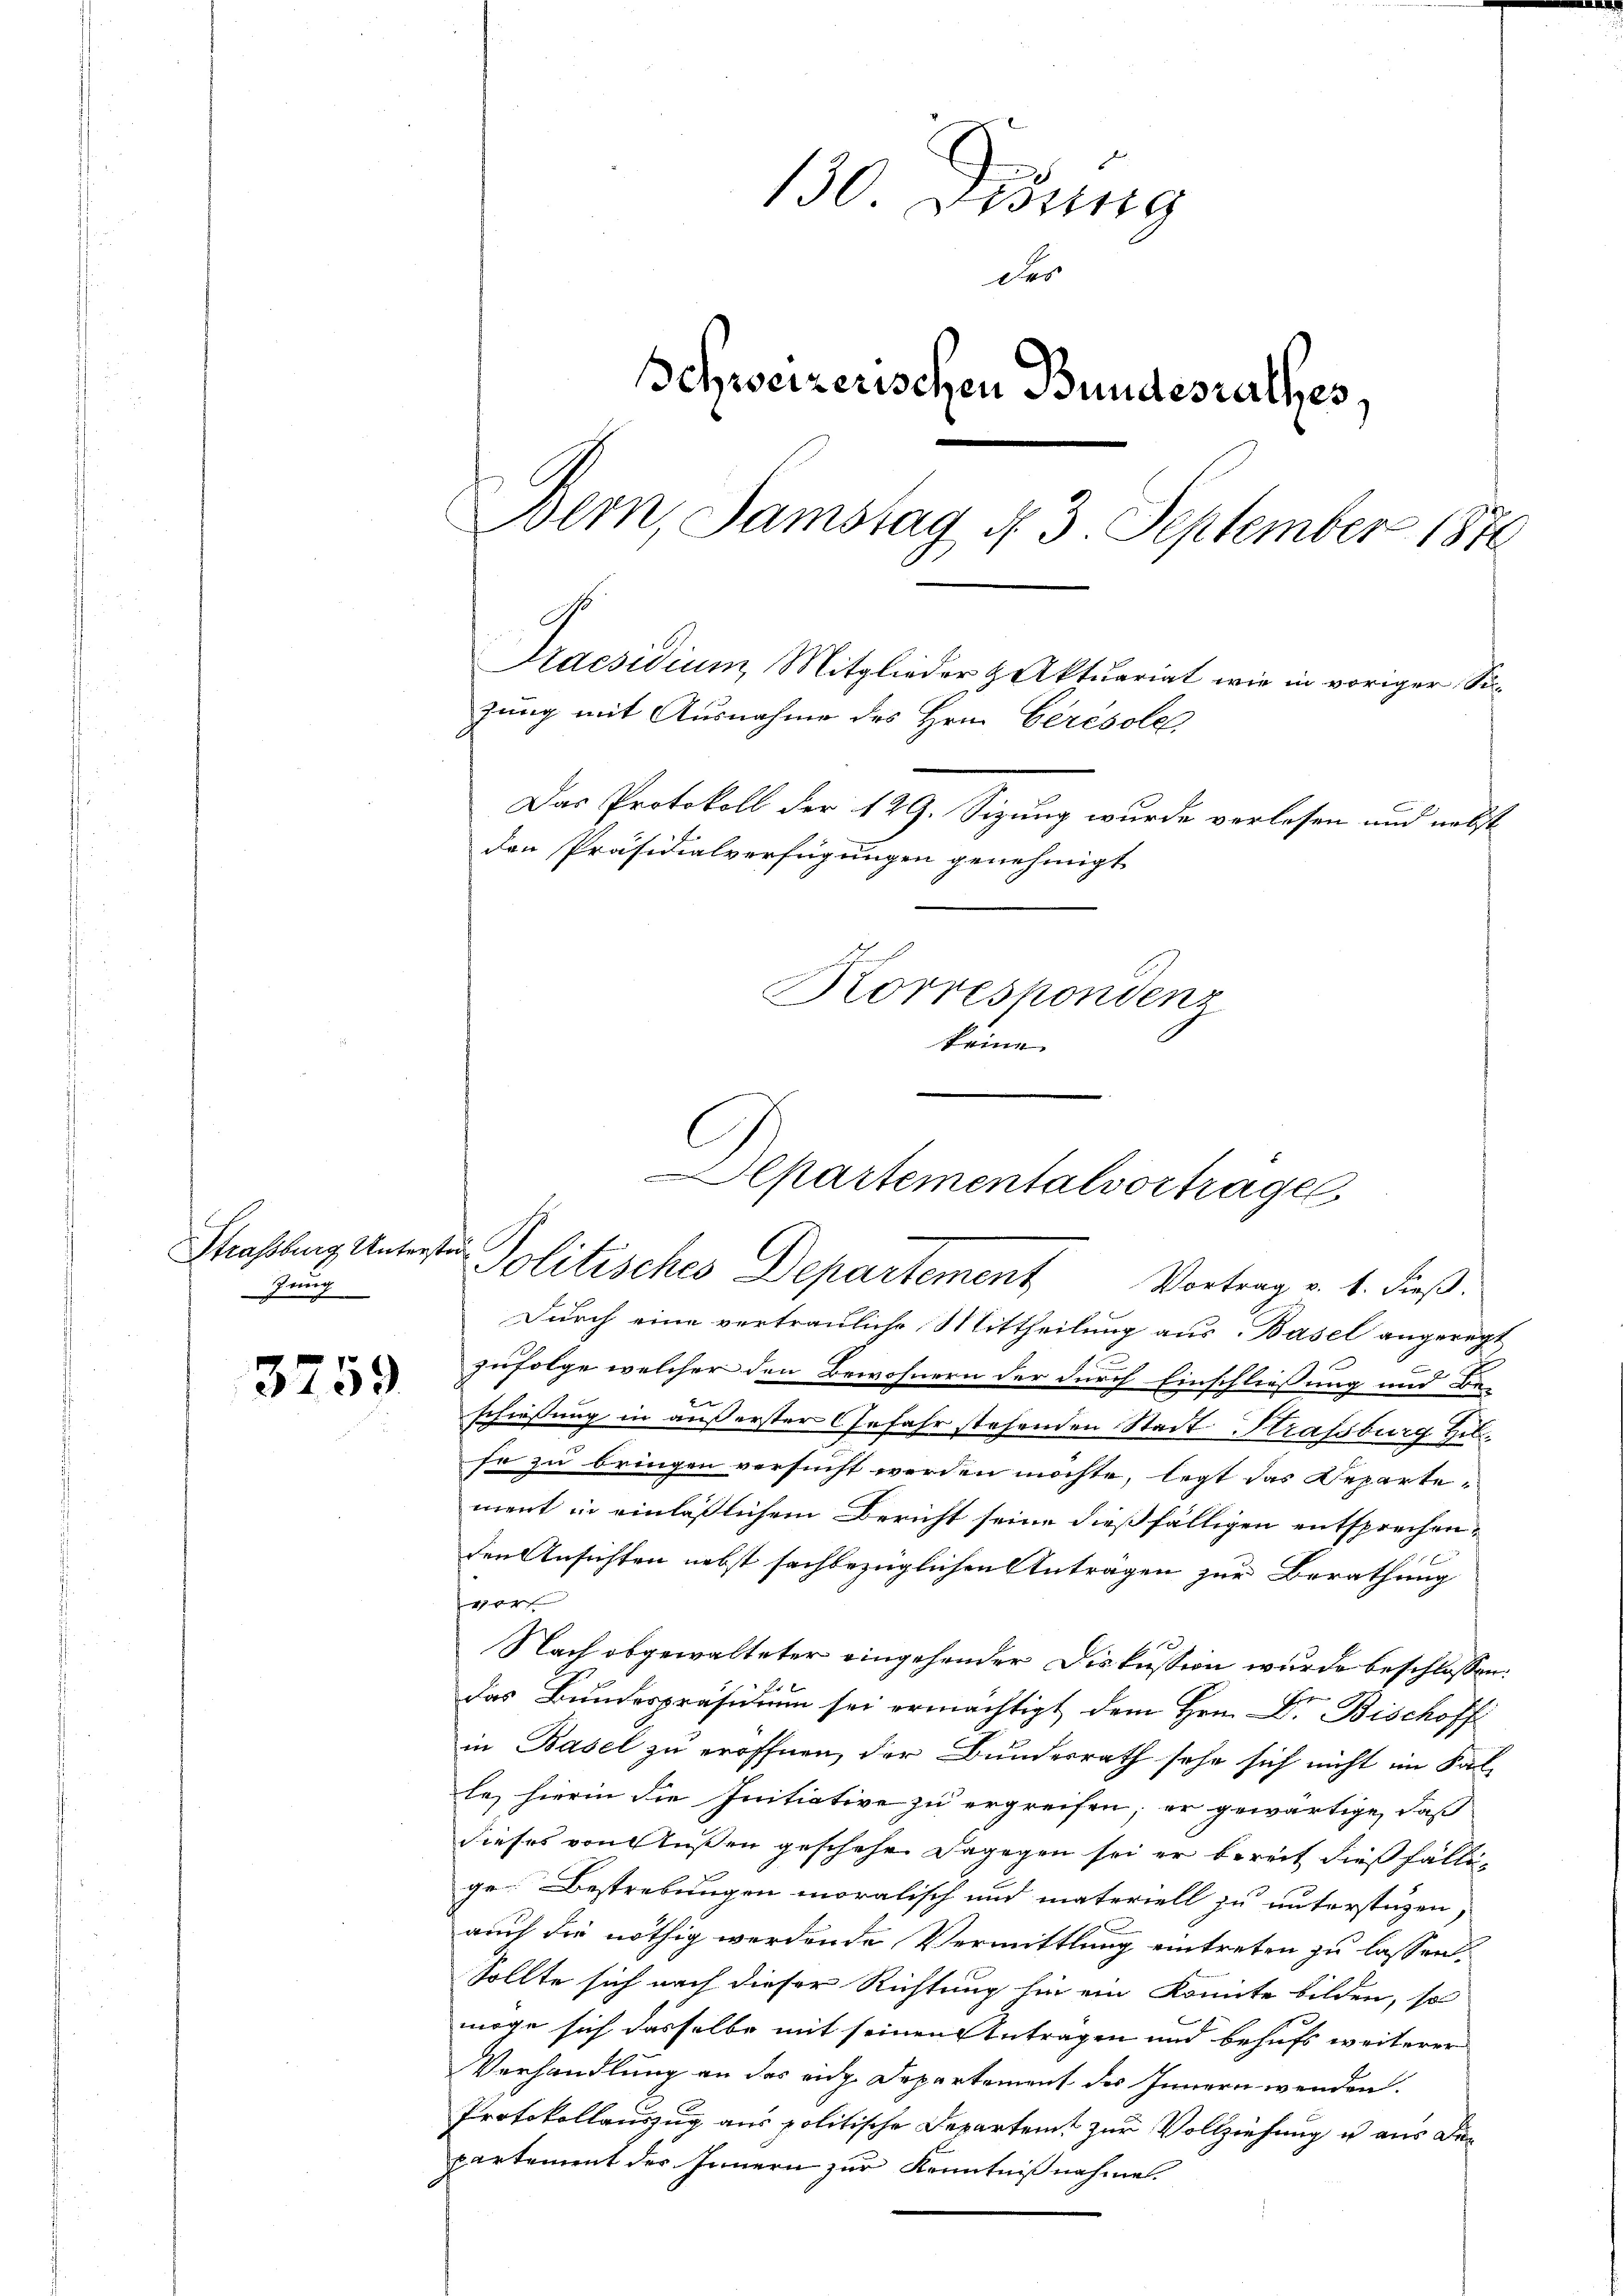
Straßburg Unterstra¬
Zung

3759

130 Dedung
Der
Schweizerischen Bundesrathes,
Bern, Samstag d. 3 September 1870
Praesidium, Mitglieder & Aktuariat wie in voriger Sizung mit Ausnahme des Hrn. Gerésole
Das Protokoll der 129. Sizung wurde verlesen und nebst
den Präsidialverfügungen genehmigt
Korrespondenz

lpartementalvortragen
Politisches Departement
Vortrag v. 1. dieß.

Durch eine vertrauliche Mittheilung aus Basel angeregt
.
zufolge welcher den Bewohnern der durch Einschliessung und Be-
schießung in außerster Gefahr stehenden Stadt Strassburg Hilso zu bringen versucht werden möchte, legt das Departe-
ment in einläßlichem Bericht seine dießfälligen entsprechenden Ansichten nebst sachbezüglichen Antragen zur Berathung
vor
Nach abgewalteter eingehender Diskussion wurde beschlossen:
Das Bundespräsidium sei ermächtigt dem Hrn. Dr. Bischoff
in Basel zu eröffnen, der Bundesrath sehe sich nicht im Sal-
le, hierin die Initiative zu ergreifen; er gewärtige, daß
dieses von Außen geschehen dagegen sei er bereit dießfällig
ge Bestrebungen moralisch und materiell zu unterstüzen,
auch die nöthig werdende Vermittlung eintreten zu lassen.
Sollte sich nach dieser Richtung hin ein konnte bilden, so
möge sich dasselbe mit seinen Antragen und behufs weiterer
Verhandlung an das eidg. Departement des Innern wenden.
Protokollauszug aus politische Departeit zur Vollziehung u aus den
partement des Innern zur Kenntnißnahme.